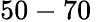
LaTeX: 50-70\